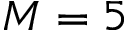
M = 5